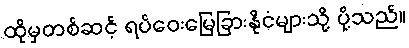
ထိုမှတစ်ဆင့် ရပ်ဝေးမြေခြားနိုငံများသို့ ပို့သည်။